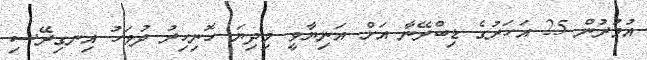
އުމުރުން 25 އަހަރުގެ ޑިބްރޭނާ އަށް އަނިޔާވީ މިދިޔަ ހޮނިހިރު ދުވަހު އިނގިރޭސި